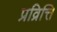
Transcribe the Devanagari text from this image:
प्रव्रित्ति